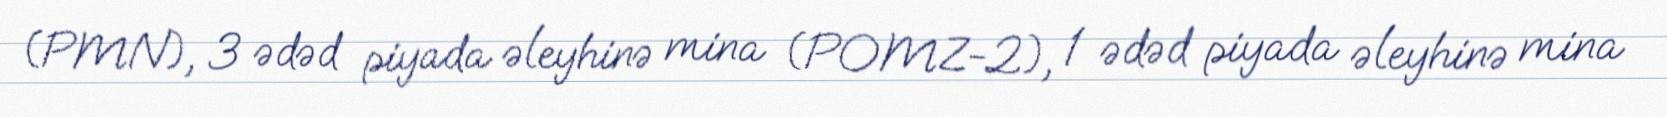
(PMN), 3 ədəd piyada əleyhinə mina (POMZ-2), 1 ədəd piyada əleyhinə mina